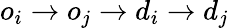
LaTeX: o_{i}\rightarrow o_{j}\rightarrow d_{i}\rightarrow d_{j}